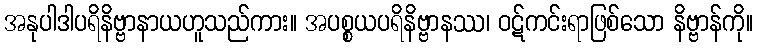
အနုပါဒါပရိနိဗ္ဗာနာယဟူသည်ကား။ အပစ္စယပရိနိဗ္ဗာနဿ၊ ဝဋ်ကင်းရာဖြစ်သော နိဗ္ဗာန်ကို။